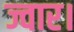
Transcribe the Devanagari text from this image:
ज्वार।